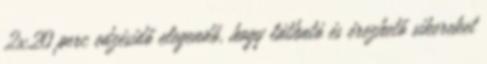
2x20 perc edzésidő elegendő, hogy látható és érezhető sikereket